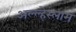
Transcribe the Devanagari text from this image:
अल्ल्हेस्लाम